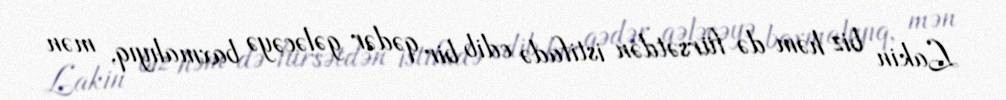
Lakin biz həm də fürsətdən istifadə edib bir qədər gələcəyə baxmalıyıq, mən